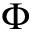
\Phi